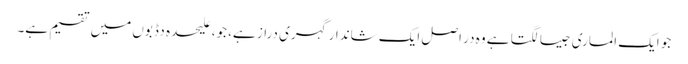
جو ایک الماری جیسا لگتا ہے وہ در اصل ایک شاندار گہری دراز ہے، جو، علیحدہ دڈبوں میں تقسیم ہے۔